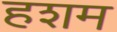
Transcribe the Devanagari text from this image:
हशम